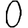
Digit: 0